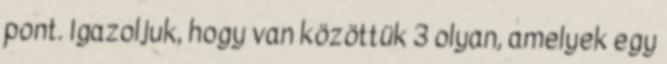
pont. Igazoljuk, hogy van közöttük 3 olyan, amelyek egy